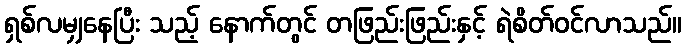
ရှစ်လမျှနေပြီး သည့် နောက်တွင် တဖြည်းဖြည်းနှင့် ရဲစိတ်ဝင်လာသည်။